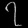
Digit: ၇